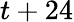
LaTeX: t+24